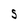
Character: s